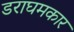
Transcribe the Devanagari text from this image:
डराघमकार